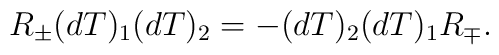
R_{\pm}(dT)_{1}(dT)_{2}=-(dT)_{2}(dT)_{1}R_{\mp}.